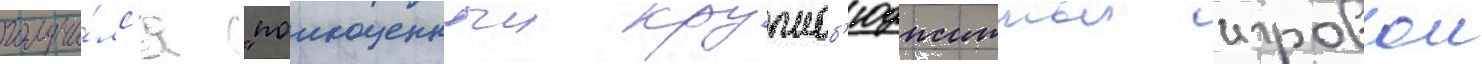
получи́лс'я "полноценныи крупноб'юджетныи игровои